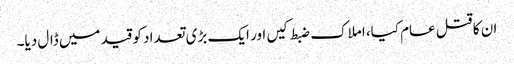
ان کا قتل عام کیا، املاک ضبط کیں اور ایک بڑی تعداد کو قید میں ڈال دیا۔